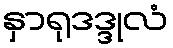
နှာရုဒဒ္ဒုလံ